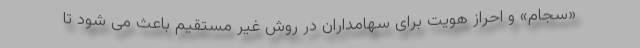
«سجام» و احراز هویت برای سهامداران در روش غیر مستقیم باعث می شود تا